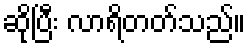
ဆိုပြီး လာရိတတ်သည်။